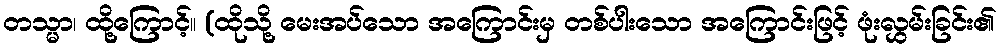
တသ္မာ၊ ထို့ကြောင့်။ (ထိုသို့ မေးအပ်သော အကြောင်းမှ တစ်ပါးသော အကြောင်းဖြင့် ဖုံးလွှမ်းခြင်း၏